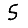
Digit: 5